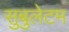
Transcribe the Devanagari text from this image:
सुबुलेटम